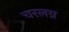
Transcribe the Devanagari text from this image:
चरलग्न